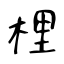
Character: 梩